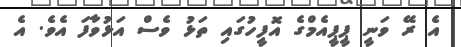
އެ ރޭ ވަނީ ޕީޕީއެމްގެ އޮފީހުގައި ތަޅު ވެސް އަޅުވާފަ އެވެ. އެ